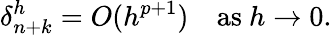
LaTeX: \delta_{n+k}^{h}=O(h^{p+1})\quad{\mathrm{as~}}h\to 0.